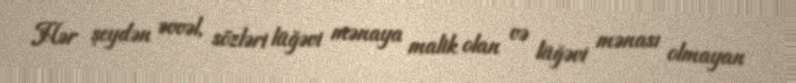
Hər şeydən əvvəl, sözləri lüğəvi mənaya malik olan və lüğəvi mənası olmayan